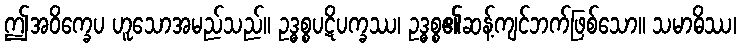
ဤအဝိက္ခေပ ဟူသောအမည်သည်။ ဥဒ္ဓစ္စပဋိပက္ခဿ၊ ဥဒ္ဓစ္စ၏ဆန့်ကျင်ဘက်ဖြစ်သော။ သမာဓိဿ၊